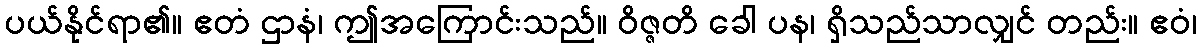
ပယ်နိုင်ရာ၏။ ဧတံ ဌာနံ၊ ဤအကြောင်းသည်။ ဝိဇ္ဇတိ ခေါ ပန၊ ရှိသည်သာလျှင် တည်း။ ဧဝံ၊